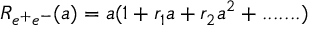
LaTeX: R _ { e ^ { + } e ^ { - } } ( a ) = a ( 1 + r _ { 1 } a + r _ { 2 } a ^ { 2 } + . . . . . . . )